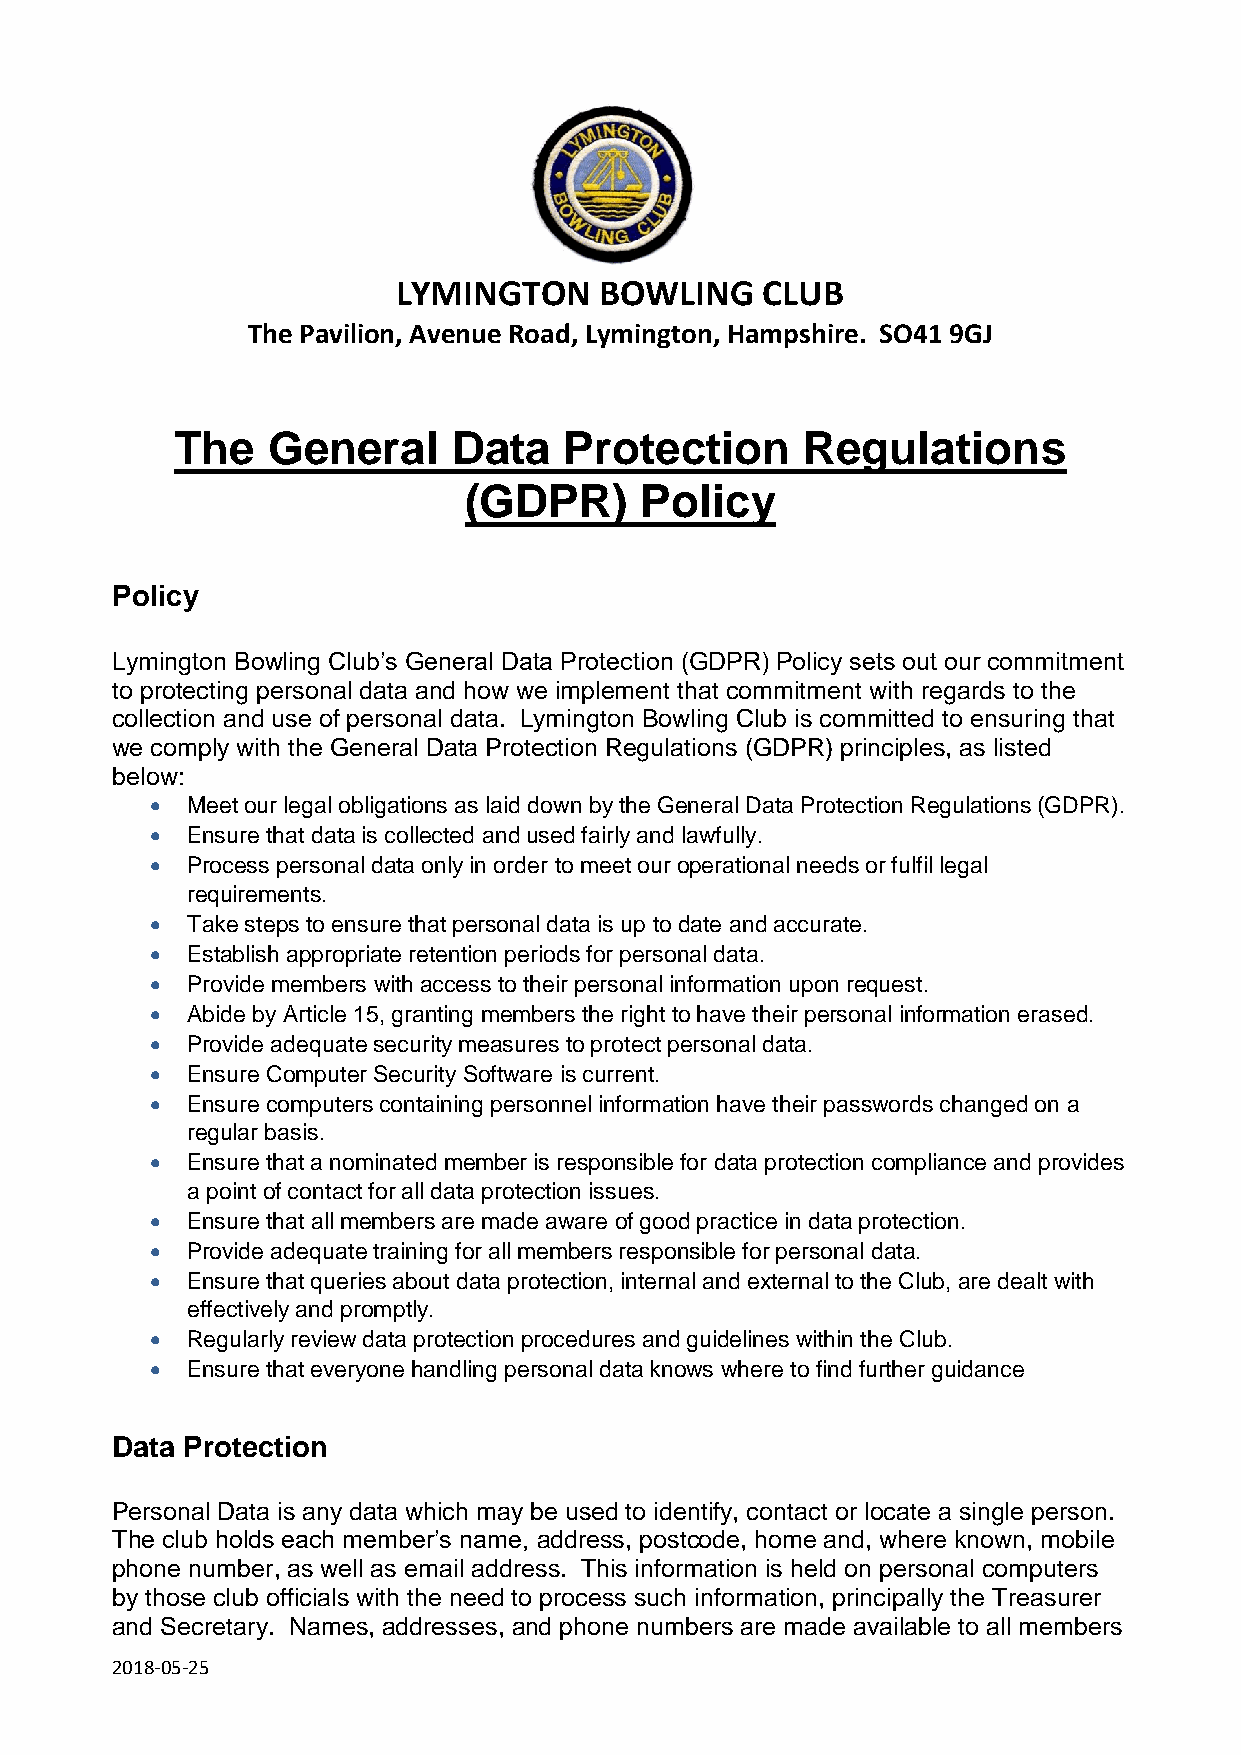
LYMINGTON     BOWLING    CLUB
 The Pavilion, Avenue Road, Lymington, Hampshire. SO41 9GJ
 The   General     Data   Protection      Regulations
 (GDPR)     Policy
 Policy
 Lymington Bowling Club’s General Data Protection (GDPR) Policy sets out our commitment
 to protecting personal data and how we implement that commitment with regards to the
 collection and use of personal data. Lymington Bowling Club is committed to ensuring that
 we comply with the General Data Protection Regulations (GDPR) principles, as listed
 below:
  Meet our legal obligations as laid down by the General Data Protection Regulations (GDPR).
  Ensure that data is collected and used fairly and lawfully.
  Process personal data only in order to meet our operational needs or fulfil legal
 requirements.
  Take steps to ensure that personal data is up to date and accurate.
  Establish appropriate retention periods for personal data.
  Provide members with access to their personal information upon request.
  Abide by Article 15, granting members the right to have their personal information erased.
  Provide adequate security measures to protect personal data.
  Ensure Computer Security Software is current.
  Ensure computers containing personnel information have their passwords changed on a
 regular basis.
  Ensure that a nominated member is responsible for data protection compliance and provides
 a point of contact for all data protection issues.
  Ensure that all members are made aware of good practice in data protection.
  Provide adequate training for all members responsible for personal data.
  Ensure that queries about data protection, internal and external to the Club, are dealt with
 effectively and promptly.
  Regularly review data protection procedures and guidelines within the Club.
  Ensure that everyone handling personal data knows where to find further guidance
 Data Protection
 Personal Data is any data which may be used to identify, contact or locate a single person.
 The club holds each member’s name, address, postcode, home and, where known, mobile
 phone number, as well as email address. This information is held on personal computers
 by those club officials with the need to process such information, principally the Treasurer
 and Secretary. Names, addresses, and phone numbers are made available to all members
 2018-05-25